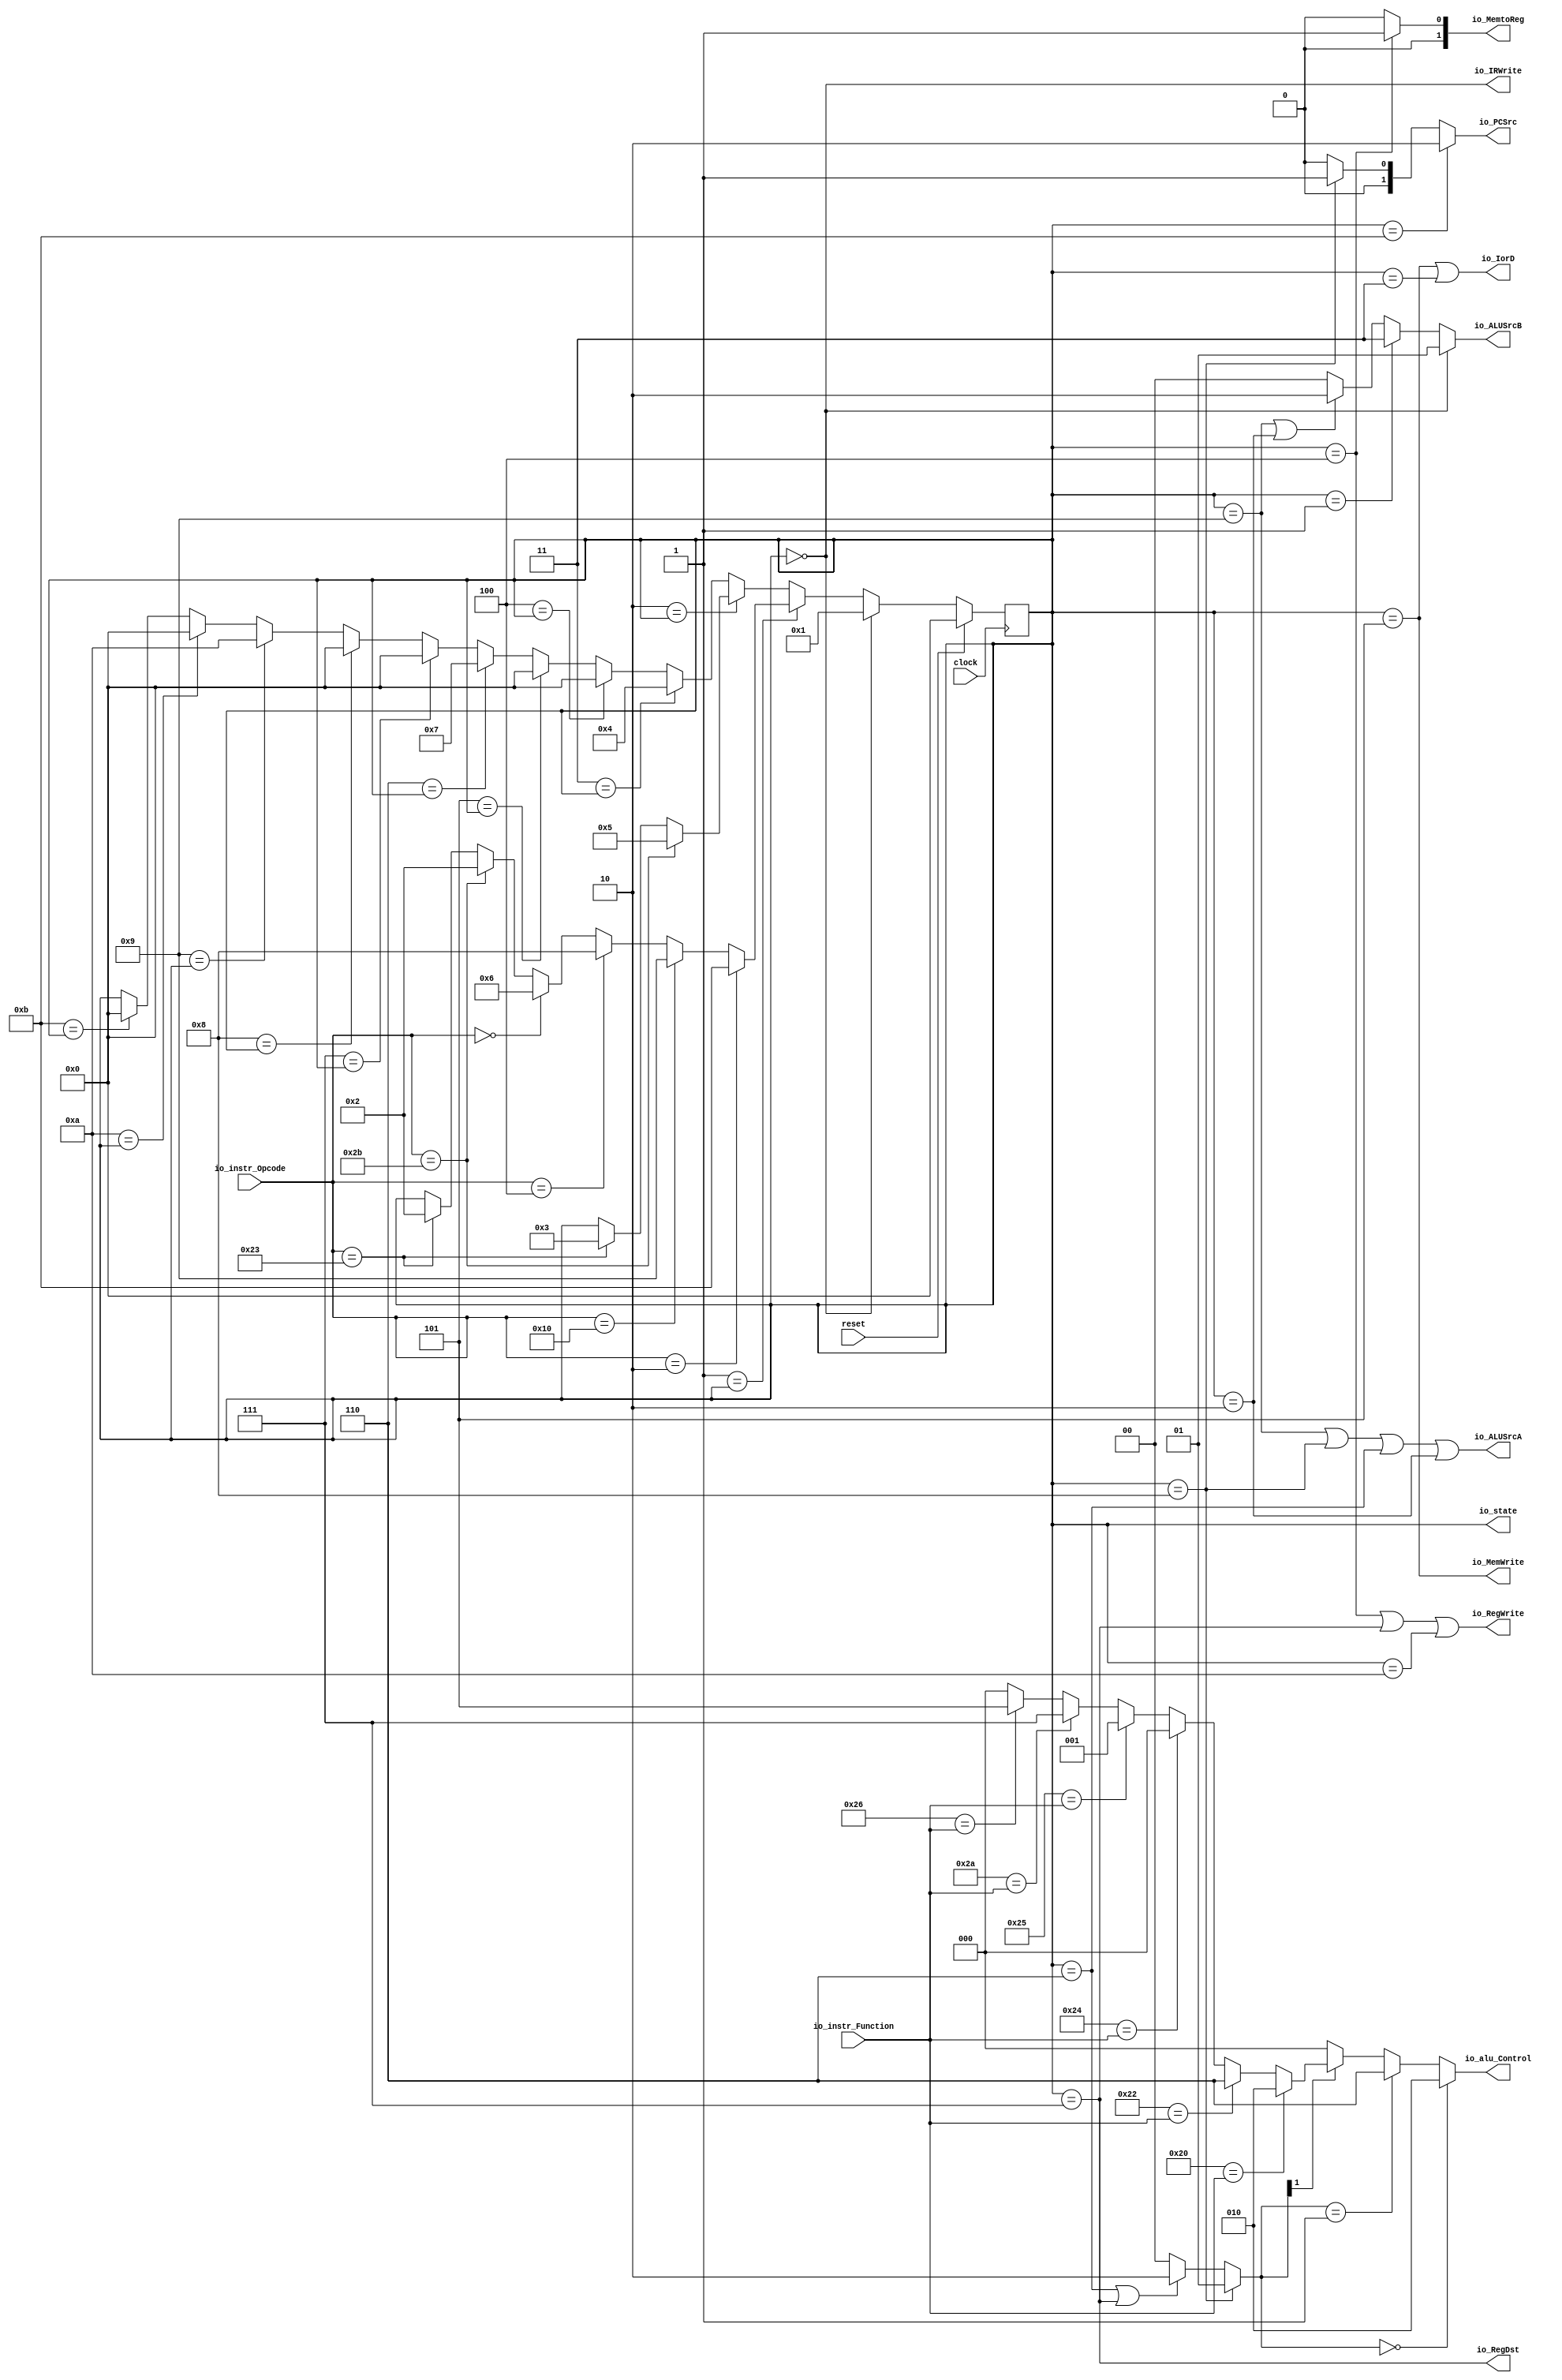
module ControlUnit(
  input        clock,
  input        reset,
  input  [5:0] io_instr_Opcode,
  input  [5:0] io_instr_Function,
  output [1:0] io_MemtoReg,
  output       io_RegDst,
  output       io_IorD,
  output [1:0] io_PCSrc,
  output [1:0] io_ALUSrcB,
  output       io_ALUSrcA,
  output       io_IRWrite,
  output       io_MemWrite,
  output       io_RegWrite,
  output [3:0] io_state,
  output [2:0] io_alu_Control
);
`ifdef RANDOMIZE_REG_INIT
  reg [31:0] _RAND_0;
`endif // RANDOMIZE_REG_INIT
  reg [3:0] stateReg; // @[ControlUnit.scala 61:28]
  wire  _T_6 = io_instr_Opcode == 6'h2b; // @[ControlUnit.scala 86:41]
  wire  _T_7 = io_instr_Opcode == 6'h23; // @[ControlUnit.scala 90:41]
  wire [3:0] _GEN_0 = io_instr_Opcode == 6'h23 ? 4'h2 : stateReg; // @[ControlUnit.scala 90:49 92:26 61:28]
  wire [3:0] _GEN_1 = io_instr_Opcode == 6'h2b ? 4'h2 : _GEN_0; // @[ControlUnit.scala 86:49 88:26]
  wire [3:0] _GEN_2 = io_instr_Opcode == 6'h0 ? 4'h6 : _GEN_1; // @[ControlUnit.scala 82:53 84:26]
  wire [3:0] _GEN_3 = io_instr_Opcode == 6'h4 ? 4'h8 : _GEN_2; // @[ControlUnit.scala 78:50 80:26]
  wire [3:0] _GEN_4 = io_instr_Opcode == 6'h10 ? 4'h9 : _GEN_3; // @[ControlUnit.scala 74:51 76:26]
  wire [3:0] _GEN_6 = _T_7 ? 4'h3 : stateReg; // @[ControlUnit.scala 110:49 112:26 61:28]
  wire [3:0] _GEN_7 = _T_6 ? 4'h5 : _GEN_6; // @[ControlUnit.scala 106:43 108:26]
  wire [3:0] _GEN_8 = 4'hb == stateReg ? 4'h0 : stateReg; // @[ControlUnit.scala 163:22 63:23 61:28]
  wire [3:0] _GEN_9 = 4'ha == stateReg ? 4'h0 : _GEN_8; // @[ControlUnit.scala 158:22 63:23]
  wire [3:0] _GEN_10 = 4'h9 == stateReg ? 4'ha : _GEN_9; // @[ControlUnit.scala 153:22 63:23]
  wire [3:0] _GEN_11 = 4'h8 == stateReg ? 4'h0 : _GEN_10; // @[ControlUnit.scala 148:22 63:23]
  wire [3:0] _GEN_12 = 4'h7 == stateReg ? 4'h0 : _GEN_11; // @[ControlUnit.scala 143:22 63:23]
  wire [3:0] _GEN_13 = 4'h6 == stateReg ? 4'h7 : _GEN_12; // @[ControlUnit.scala 63:23 137:26]
  wire [3:0] _GEN_14 = 4'h5 == stateReg ? 4'h0 : _GEN_13; // @[ControlUnit.scala 127:22 63:23]
  wire [3:0] _GEN_15 = 4'h4 == stateReg ? 4'h0 : _GEN_14; // @[ControlUnit.scala 122:22 63:23]
  wire [3:0] _GEN_16 = 4'h3 == stateReg ? 4'h4 : _GEN_15; // @[ControlUnit.scala 117:22 63:23]
  wire  _io_ALUSrcA_T = stateReg == 4'h9; // @[ControlUnit.scala 189:33]
  wire  _io_ALUSrcA_T_1 = stateReg == 4'h8; // @[ControlUnit.scala 189:59]
  wire  _io_ALUSrcA_T_3 = stateReg == 4'h6; // @[ControlUnit.scala 189:85]
  wire  _io_ALUSrcA_T_5 = stateReg == 4'h2; // @[ControlUnit.scala 189:111]
  wire  _io_ALUSrcB_T = stateReg == 4'h0; // @[ControlUnit.scala 191:57]
  wire  _io_ALUSrcB_T_1 = stateReg == 4'h1; // @[ControlUnit.scala 191:97]
  wire  _io_ALUSrcB_T_4 = _io_ALUSrcA_T | _io_ALUSrcA_T_5; // @[ControlUnit.scala 191:151]
  wire [1:0] _io_ALUSrcB_T_5 = _io_ALUSrcB_T_4 ? 2'h2 : 2'h0; // @[Mux.scala 101:16]
  wire [1:0] _io_ALUSrcB_T_6 = _io_ALUSrcB_T_1 ? 2'h3 : _io_ALUSrcB_T_5; // @[Mux.scala 101:16]
  wire  _ALUOp_T_2 = stateReg == 4'h7; // @[ControlUnit.scala 193:119]
  wire  _ALUOp_T_3 = _io_ALUSrcA_T_3 | stateReg == 4'h7; // @[ControlUnit.scala 193:106]
  wire [1:0] _ALUOp_T_4 = _ALUOp_T_3 ? 2'h2 : 2'h0; // @[Mux.scala 101:16]
  wire [1:0] ALUOp = _io_ALUSrcA_T_1 ? 2'h1 : _ALUOp_T_4; // @[Mux.scala 101:16]
  wire  _io_PCSrc_T = stateReg == 4'hb; // @[ControlUnit.scala 195:55]
  wire [1:0] _io_PCSrc_T_2 = _io_ALUSrcA_T_1 ? 2'h1 : 2'h0; // @[Mux.scala 101:16]
  wire  _io_MemtoReg_T = stateReg == 4'h4; // @[ControlUnit.scala 205:58]
  wire [2:0] _GEN_20 = 6'h26 == io_instr_Function ? 3'h5 : 3'h0; // @[ControlUnit.scala 218:20 230:34 258:32]
  wire [2:0] _GEN_21 = 6'h2a == io_instr_Function ? 3'h7 : _GEN_20; // @[ControlUnit.scala 230:34 253:32]
  wire [2:0] _GEN_22 = 6'h25 == io_instr_Function ? 3'h1 : _GEN_21; // @[ControlUnit.scala 230:34 248:32]
  wire [2:0] _GEN_23 = 6'h24 == io_instr_Function ? 3'h0 : _GEN_22; // @[ControlUnit.scala 230:34 243:32]
  wire [2:0] _GEN_24 = 6'h22 == io_instr_Function ? 3'h6 : _GEN_23; // @[ControlUnit.scala 230:34 238:32]
  wire [2:0] _GEN_25 = 6'h20 == io_instr_Function ? 3'h2 : _GEN_24; // @[ControlUnit.scala 230:34 233:32]
  wire [2:0] _GEN_26 = ALUOp[1] ? _GEN_25 : 3'h0; // @[ControlUnit.scala 218:20 228:35]
  wire [2:0] _GEN_27 = ALUOp == 2'h1 ? 3'h6 : _GEN_26; // @[ControlUnit.scala 224:33 226:24]
  assign io_MemtoReg = _io_MemtoReg_T ? 2'h1 : 2'h0; // @[Mux.scala 101:16]
  assign io_RegDst = stateReg == 4'h7; // @[ControlUnit.scala 203:31]
  assign io_IorD = stateReg == 4'h5 | stateReg == 4'h3; // @[ControlUnit.scala 187:43]
  assign io_PCSrc = _io_PCSrc_T ? 2'h2 : _io_PCSrc_T_2; // @[Mux.scala 101:16]
  assign io_ALUSrcB = _io_ALUSrcB_T ? 2'h1 : _io_ALUSrcB_T_6; // @[Mux.scala 101:16]
  assign io_ALUSrcA = stateReg == 4'h9 | stateReg == 4'h8 | stateReg == 4'h6 | stateReg == 4'h2; // @[ControlUnit.scala 189:98]
  assign io_IRWrite = stateReg == 4'h0; // @[ControlUnit.scala 197:32]
  assign io_MemWrite = stateReg == 4'h5; // @[ControlUnit.scala 209:33]
  assign io_RegWrite = _io_MemtoReg_T | _ALUOp_T_2 | stateReg == 4'ha; // @[ControlUnit.scala 207:93]
  assign io_state = stateReg; // @[ControlUnit.scala 217:14]
  assign io_alu_Control = ALUOp == 2'h0 ? 3'h2 : _GEN_27; // @[ControlUnit.scala 220:26 222:24]
  always @(posedge clock) begin
    if (reset) begin // @[ControlUnit.scala 61:28]
      stateReg <= 4'h0; // @[ControlUnit.scala 61:28]
    end else if (4'h0 == stateReg) begin // @[ControlUnit.scala 63:23]
      stateReg <= 4'h1; // @[ControlUnit.scala 66:22]
    end else if (4'h1 == stateReg) begin // @[ControlUnit.scala 63:23]
      if (io_instr_Opcode == 6'h2) begin // @[ControlUnit.scala 70:42]
        stateReg <= 4'hb; // @[ControlUnit.scala 72:26]
      end else begin
        stateReg <= _GEN_4;
      end
    end else if (4'h2 == stateReg) begin // @[ControlUnit.scala 63:23]
      stateReg <= _GEN_7;
    end else begin
      stateReg <= _GEN_16;
    end
  end
// Register and memory initialization
`ifdef RANDOMIZE_GARBAGE_ASSIGN
`define RANDOMIZE
`endif
`ifdef RANDOMIZE_INVALID_ASSIGN
`define RANDOMIZE
`endif
`ifdef RANDOMIZE_REG_INIT
`define RANDOMIZE
`endif
`ifdef RANDOMIZE_MEM_INIT
`define RANDOMIZE
`endif
`ifndef RANDOM
`define RANDOM $random
`endif
`ifdef RANDOMIZE_MEM_INIT
  integer initvar;
`endif
`ifndef SYNTHESIS
`ifdef FIRRTL_BEFORE_INITIAL
`FIRRTL_BEFORE_INITIAL
`endif
initial begin
  `ifdef RANDOMIZE
    `ifdef INIT_RANDOM
      `INIT_RANDOM
    `endif
    `ifndef VERILATOR
      `ifdef RANDOMIZE_DELAY
        #`RANDOMIZE_DELAY begin end
      `else
        #0.002 begin end
      `endif
    `endif
`ifdef RANDOMIZE_REG_INIT
  _RAND_0 = {1{`RANDOM}};
  stateReg = _RAND_0[3:0];
`endif // RANDOMIZE_REG_INIT
  `endif // RANDOMIZE
end // initial
`ifdef FIRRTL_AFTER_INITIAL
`FIRRTL_AFTER_INITIAL
`endif
`endif // SYNTHESIS
endmodule
module RegisterWithEnable(
  input         clock,
  input         reset,
  input  [31:0] io_in,
  input         io_enable,
  output [31:0] io_out
);
`ifdef RANDOMIZE_REG_INIT
  reg [31:0] _RAND_0;
`endif // RANDOMIZE_REG_INIT
  reg [31:0] reg_; // @[RegisterWithEnable.scala 12:23]
  assign io_out = io_enable ? reg_ : 32'h0; // @[RegisterWithEnable.scala 14:12 15:20 17:16]
  always @(posedge clock) begin
    if (reset) begin // @[RegisterWithEnable.scala 12:23]
      reg_ <= 32'h0; // @[RegisterWithEnable.scala 12:23]
    end else begin
      reg_ <= io_in; // @[RegisterWithEnable.scala 13:9]
    end
  end
// Register and memory initialization
`ifdef RANDOMIZE_GARBAGE_ASSIGN
`define RANDOMIZE
`endif
`ifdef RANDOMIZE_INVALID_ASSIGN
`define RANDOMIZE
`endif
`ifdef RANDOMIZE_REG_INIT
`define RANDOMIZE
`endif
`ifdef RANDOMIZE_MEM_INIT
`define RANDOMIZE
`endif
`ifndef RANDOM
`define RANDOM $random
`endif
`ifdef RANDOMIZE_MEM_INIT
  integer initvar;
`endif
`ifndef SYNTHESIS
`ifdef FIRRTL_BEFORE_INITIAL
`FIRRTL_BEFORE_INITIAL
`endif
initial begin
  `ifdef RANDOMIZE
    `ifdef INIT_RANDOM
      `INIT_RANDOM
    `endif
    `ifndef VERILATOR
      `ifdef RANDOMIZE_DELAY
        #`RANDOMIZE_DELAY begin end
      `else
        #0.002 begin end
      `endif
    `endif
`ifdef RANDOMIZE_REG_INIT
  _RAND_0 = {1{`RANDOM}};
  reg_ = _RAND_0[31:0];
`endif // RANDOMIZE_REG_INIT
  `endif // RANDOMIZE
end // initial
`ifdef FIRRTL_AFTER_INITIAL
`FIRRTL_AFTER_INITIAL
`endif
`endif // SYNTHESIS
endmodule
module Memory(
  input         clock,
  input         io_MemWrite,
  input  [31:0] io_addr,
  input  [31:0] io_wd,
  output [31:0] io_rd
);
`ifdef RANDOMIZE_REG_INIT
  reg [31:0] _RAND_0;
  reg [31:0] _RAND_1;
`endif // RANDOMIZE_REG_INIT
  reg [31:0] ram [0:255]; // @[Memory.scala 14:26]
  wire  ram_rdwrPort_r_en; // @[Memory.scala 14:26]
  wire [7:0] ram_rdwrPort_r_addr; // @[Memory.scala 14:26]
  wire [31:0] ram_rdwrPort_r_data; // @[Memory.scala 14:26]
  wire [31:0] ram_rdwrPort_w_data; // @[Memory.scala 14:26]
  wire [7:0] ram_rdwrPort_w_addr; // @[Memory.scala 14:26]
  wire  ram_rdwrPort_w_mask; // @[Memory.scala 14:26]
  wire  ram_rdwrPort_w_en; // @[Memory.scala 14:26]
  reg  ram_rdwrPort_r_en_pipe_0;
  reg [7:0] ram_rdwrPort_r_addr_pipe_0;
  assign ram_rdwrPort_r_en = ram_rdwrPort_r_en_pipe_0;
  assign ram_rdwrPort_r_addr = ram_rdwrPort_r_addr_pipe_0;
  assign ram_rdwrPort_r_data = ram[ram_rdwrPort_r_addr]; // @[Memory.scala 14:26]
  assign ram_rdwrPort_w_data = io_wd;
  assign ram_rdwrPort_w_addr = io_addr[7:0];
  assign ram_rdwrPort_w_mask = io_MemWrite;
  assign ram_rdwrPort_w_en = 1'h1 & io_MemWrite;
  assign io_rd = ram_rdwrPort_r_data; // @[Memory.scala 22:24 28:15]
  always @(posedge clock) begin
    if (ram_rdwrPort_w_en & ram_rdwrPort_w_mask) begin
      ram[ram_rdwrPort_w_addr] <= ram_rdwrPort_w_data; // @[Memory.scala 14:26]
    end
    ram_rdwrPort_r_en_pipe_0 <= 1'h1 & ~io_MemWrite;
    if (1'h1 & ~io_MemWrite) begin
      ram_rdwrPort_r_addr_pipe_0 <= io_addr[7:0];
    end
  end
// Register and memory initialization
`ifdef RANDOMIZE_GARBAGE_ASSIGN
`define RANDOMIZE
`endif
`ifdef RANDOMIZE_INVALID_ASSIGN
`define RANDOMIZE
`endif
`ifdef RANDOMIZE_REG_INIT
`define RANDOMIZE
`endif
`ifdef RANDOMIZE_MEM_INIT
`define RANDOMIZE
`endif
`ifndef RANDOM
`define RANDOM $random
`endif
  integer initvar;
`ifndef SYNTHESIS
`ifdef FIRRTL_BEFORE_INITIAL
`FIRRTL_BEFORE_INITIAL
`endif
initial begin
  `ifdef RANDOMIZE
    `ifdef INIT_RANDOM
      `INIT_RANDOM
    `endif
    `ifndef VERILATOR
      `ifdef RANDOMIZE_DELAY
        #`RANDOMIZE_DELAY begin end
      `else
        #0.002 begin end
      `endif
    `endif
`ifdef RANDOMIZE_REG_INIT
  _RAND_0 = {1{`RANDOM}};
  ram_rdwrPort_r_en_pipe_0 = _RAND_0[0:0];
  _RAND_1 = {1{`RANDOM}};
  ram_rdwrPort_r_addr_pipe_0 = _RAND_1[7:0];
`endif // RANDOMIZE_REG_INIT
  `endif // RANDOMIZE
  $readmemh("rams_init_file.data", ram);
end // initial
`ifdef FIRRTL_AFTER_INITIAL
`FIRRTL_AFTER_INITIAL
`endif
`endif // SYNTHESIS
endmodule
module Register(
  input         clock,
  input         reset,
  input  [31:0] io_in,
  output [31:0] io_out
);
`ifdef RANDOMIZE_REG_INIT
  reg [31:0] _RAND_0;
`endif // RANDOMIZE_REG_INIT
  reg [31:0] reg_; // @[Register.scala 11:23]
  assign io_out = reg_; // @[Register.scala 13:12]
  always @(posedge clock) begin
    if (reset) begin // @[Register.scala 11:23]
      reg_ <= 32'h0; // @[Register.scala 11:23]
    end else begin
      reg_ <= io_in; // @[Register.scala 12:9]
    end
  end
// Register and memory initialization
`ifdef RANDOMIZE_GARBAGE_ASSIGN
`define RANDOMIZE
`endif
`ifdef RANDOMIZE_INVALID_ASSIGN
`define RANDOMIZE
`endif
`ifdef RANDOMIZE_REG_INIT
`define RANDOMIZE
`endif
`ifdef RANDOMIZE_MEM_INIT
`define RANDOMIZE
`endif
`ifndef RANDOM
`define RANDOM $random
`endif
`ifdef RANDOMIZE_MEM_INIT
  integer initvar;
`endif
`ifndef SYNTHESIS
`ifdef FIRRTL_BEFORE_INITIAL
`FIRRTL_BEFORE_INITIAL
`endif
initial begin
  `ifdef RANDOMIZE
    `ifdef INIT_RANDOM
      `INIT_RANDOM
    `endif
    `ifndef VERILATOR
      `ifdef RANDOMIZE_DELAY
        #`RANDOMIZE_DELAY begin end
      `else
        #0.002 begin end
      `endif
    `endif
`ifdef RANDOMIZE_REG_INIT
  _RAND_0 = {1{`RANDOM}};
  reg_ = _RAND_0[31:0];
`endif // RANDOMIZE_REG_INIT
  `endif // RANDOMIZE
end // initial
`ifdef FIRRTL_AFTER_INITIAL
`FIRRTL_AFTER_INITIAL
`endif
`endif // SYNTHESIS
endmodule
module RegisterFile(
  input         clock,
  input  [4:0]  io_src1,
  input  [4:0]  io_src2,
  input  [4:0]  io_src3,
  input  [31:0] io_wd,
  input         io_write_data,
  output [31:0] io_rd1,
  output [31:0] io_rd2
);
`ifdef RANDOMIZE_REG_INIT
  reg [31:0] _RAND_0;
  reg [31:0] _RAND_1;
  reg [31:0] _RAND_2;
  reg [31:0] _RAND_3;
  reg [31:0] _RAND_4;
  reg [31:0] _RAND_5;
  reg [31:0] _RAND_6;
  reg [31:0] _RAND_7;
  reg [31:0] _RAND_8;
  reg [31:0] _RAND_9;
  reg [31:0] _RAND_10;
  reg [31:0] _RAND_11;
  reg [31:0] _RAND_12;
  reg [31:0] _RAND_13;
  reg [31:0] _RAND_14;
  reg [31:0] _RAND_15;
  reg [31:0] _RAND_16;
  reg [31:0] _RAND_17;
  reg [31:0] _RAND_18;
  reg [31:0] _RAND_19;
  reg [31:0] _RAND_20;
  reg [31:0] _RAND_21;
  reg [31:0] _RAND_22;
  reg [31:0] _RAND_23;
  reg [31:0] _RAND_24;
  reg [31:0] _RAND_25;
  reg [31:0] _RAND_26;
  reg [31:0] _RAND_27;
  reg [31:0] _RAND_28;
  reg [31:0] _RAND_29;
  reg [31:0] _RAND_30;
  reg [31:0] _RAND_31;
`endif // RANDOMIZE_REG_INIT
  reg [31:0] registerFile_0; // @[RegisterFile.scala 16:27]
  reg [31:0] registerFile_1; // @[RegisterFile.scala 16:27]
  reg [31:0] registerFile_2; // @[RegisterFile.scala 16:27]
  reg [31:0] registerFile_3; // @[RegisterFile.scala 16:27]
  reg [31:0] registerFile_4; // @[RegisterFile.scala 16:27]
  reg [31:0] registerFile_5; // @[RegisterFile.scala 16:27]
  reg [31:0] registerFile_6; // @[RegisterFile.scala 16:27]
  reg [31:0] registerFile_7; // @[RegisterFile.scala 16:27]
  reg [31:0] registerFile_8; // @[RegisterFile.scala 16:27]
  reg [31:0] registerFile_9; // @[RegisterFile.scala 16:27]
  reg [31:0] registerFile_10; // @[RegisterFile.scala 16:27]
  reg [31:0] registerFile_11; // @[RegisterFile.scala 16:27]
  reg [31:0] registerFile_12; // @[RegisterFile.scala 16:27]
  reg [31:0] registerFile_13; // @[RegisterFile.scala 16:27]
  reg [31:0] registerFile_14; // @[RegisterFile.scala 16:27]
  reg [31:0] registerFile_15; // @[RegisterFile.scala 16:27]
  reg [31:0] registerFile_16; // @[RegisterFile.scala 16:27]
  reg [31:0] registerFile_17; // @[RegisterFile.scala 16:27]
  reg [31:0] registerFile_18; // @[RegisterFile.scala 16:27]
  reg [31:0] registerFile_19; // @[RegisterFile.scala 16:27]
  reg [31:0] registerFile_20; // @[RegisterFile.scala 16:27]
  reg [31:0] registerFile_21; // @[RegisterFile.scala 16:27]
  reg [31:0] registerFile_22; // @[RegisterFile.scala 16:27]
  reg [31:0] registerFile_23; // @[RegisterFile.scala 16:27]
  reg [31:0] registerFile_24; // @[RegisterFile.scala 16:27]
  reg [31:0] registerFile_25; // @[RegisterFile.scala 16:27]
  reg [31:0] registerFile_26; // @[RegisterFile.scala 16:27]
  reg [31:0] registerFile_27; // @[RegisterFile.scala 16:27]
  reg [31:0] registerFile_28; // @[RegisterFile.scala 16:27]
  reg [31:0] registerFile_29; // @[RegisterFile.scala 16:27]
  reg [31:0] registerFile_30; // @[RegisterFile.scala 16:27]
  reg [31:0] registerFile_31; // @[RegisterFile.scala 16:27]
  wire [31:0] _GEN_1 = 5'h1 == io_src1 ? registerFile_1 : registerFile_0; // @[RegisterFile.scala 17:{12,12}]
  wire [31:0] _GEN_2 = 5'h2 == io_src1 ? registerFile_2 : _GEN_1; // @[RegisterFile.scala 17:{12,12}]
  wire [31:0] _GEN_3 = 5'h3 == io_src1 ? registerFile_3 : _GEN_2; // @[RegisterFile.scala 17:{12,12}]
  wire [31:0] _GEN_4 = 5'h4 == io_src1 ? registerFile_4 : _GEN_3; // @[RegisterFile.scala 17:{12,12}]
  wire [31:0] _GEN_5 = 5'h5 == io_src1 ? registerFile_5 : _GEN_4; // @[RegisterFile.scala 17:{12,12}]
  wire [31:0] _GEN_6 = 5'h6 == io_src1 ? registerFile_6 : _GEN_5; // @[RegisterFile.scala 17:{12,12}]
  wire [31:0] _GEN_7 = 5'h7 == io_src1 ? registerFile_7 : _GEN_6; // @[RegisterFile.scala 17:{12,12}]
  wire [31:0] _GEN_8 = 5'h8 == io_src1 ? registerFile_8 : _GEN_7; // @[RegisterFile.scala 17:{12,12}]
  wire [31:0] _GEN_9 = 5'h9 == io_src1 ? registerFile_9 : _GEN_8; // @[RegisterFile.scala 17:{12,12}]
  wire [31:0] _GEN_10 = 5'ha == io_src1 ? registerFile_10 : _GEN_9; // @[RegisterFile.scala 17:{12,12}]
  wire [31:0] _GEN_11 = 5'hb == io_src1 ? registerFile_11 : _GEN_10; // @[RegisterFile.scala 17:{12,12}]
  wire [31:0] _GEN_12 = 5'hc == io_src1 ? registerFile_12 : _GEN_11; // @[RegisterFile.scala 17:{12,12}]
  wire [31:0] _GEN_13 = 5'hd == io_src1 ? registerFile_13 : _GEN_12; // @[RegisterFile.scala 17:{12,12}]
  wire [31:0] _GEN_14 = 5'he == io_src1 ? registerFile_14 : _GEN_13; // @[RegisterFile.scala 17:{12,12}]
  wire [31:0] _GEN_15 = 5'hf == io_src1 ? registerFile_15 : _GEN_14; // @[RegisterFile.scala 17:{12,12}]
  wire [31:0] _GEN_16 = 5'h10 == io_src1 ? registerFile_16 : _GEN_15; // @[RegisterFile.scala 17:{12,12}]
  wire [31:0] _GEN_17 = 5'h11 == io_src1 ? registerFile_17 : _GEN_16; // @[RegisterFile.scala 17:{12,12}]
  wire [31:0] _GEN_18 = 5'h12 == io_src1 ? registerFile_18 : _GEN_17; // @[RegisterFile.scala 17:{12,12}]
  wire [31:0] _GEN_19 = 5'h13 == io_src1 ? registerFile_19 : _GEN_18; // @[RegisterFile.scala 17:{12,12}]
  wire [31:0] _GEN_20 = 5'h14 == io_src1 ? registerFile_20 : _GEN_19; // @[RegisterFile.scala 17:{12,12}]
  wire [31:0] _GEN_21 = 5'h15 == io_src1 ? registerFile_21 : _GEN_20; // @[RegisterFile.scala 17:{12,12}]
  wire [31:0] _GEN_22 = 5'h16 == io_src1 ? registerFile_22 : _GEN_21; // @[RegisterFile.scala 17:{12,12}]
  wire [31:0] _GEN_23 = 5'h17 == io_src1 ? registerFile_23 : _GEN_22; // @[RegisterFile.scala 17:{12,12}]
  wire [31:0] _GEN_24 = 5'h18 == io_src1 ? registerFile_24 : _GEN_23; // @[RegisterFile.scala 17:{12,12}]
  wire [31:0] _GEN_25 = 5'h19 == io_src1 ? registerFile_25 : _GEN_24; // @[RegisterFile.scala 17:{12,12}]
  wire [31:0] _GEN_26 = 5'h1a == io_src1 ? registerFile_26 : _GEN_25; // @[RegisterFile.scala 17:{12,12}]
  wire [31:0] _GEN_27 = 5'h1b == io_src1 ? registerFile_27 : _GEN_26; // @[RegisterFile.scala 17:{12,12}]
  wire [31:0] _GEN_28 = 5'h1c == io_src1 ? registerFile_28 : _GEN_27; // @[RegisterFile.scala 17:{12,12}]
  wire [31:0] _GEN_29 = 5'h1d == io_src1 ? registerFile_29 : _GEN_28; // @[RegisterFile.scala 17:{12,12}]
  wire [31:0] _GEN_30 = 5'h1e == io_src1 ? registerFile_30 : _GEN_29; // @[RegisterFile.scala 17:{12,12}]
  wire [31:0] _GEN_33 = 5'h1 == io_src2 ? registerFile_1 : registerFile_0; // @[RegisterFile.scala 18:{12,12}]
  wire [31:0] _GEN_34 = 5'h2 == io_src2 ? registerFile_2 : _GEN_33; // @[RegisterFile.scala 18:{12,12}]
  wire [31:0] _GEN_35 = 5'h3 == io_src2 ? registerFile_3 : _GEN_34; // @[RegisterFile.scala 18:{12,12}]
  wire [31:0] _GEN_36 = 5'h4 == io_src2 ? registerFile_4 : _GEN_35; // @[RegisterFile.scala 18:{12,12}]
  wire [31:0] _GEN_37 = 5'h5 == io_src2 ? registerFile_5 : _GEN_36; // @[RegisterFile.scala 18:{12,12}]
  wire [31:0] _GEN_38 = 5'h6 == io_src2 ? registerFile_6 : _GEN_37; // @[RegisterFile.scala 18:{12,12}]
  wire [31:0] _GEN_39 = 5'h7 == io_src2 ? registerFile_7 : _GEN_38; // @[RegisterFile.scala 18:{12,12}]
  wire [31:0] _GEN_40 = 5'h8 == io_src2 ? registerFile_8 : _GEN_39; // @[RegisterFile.scala 18:{12,12}]
  wire [31:0] _GEN_41 = 5'h9 == io_src2 ? registerFile_9 : _GEN_40; // @[RegisterFile.scala 18:{12,12}]
  wire [31:0] _GEN_42 = 5'ha == io_src2 ? registerFile_10 : _GEN_41; // @[RegisterFile.scala 18:{12,12}]
  wire [31:0] _GEN_43 = 5'hb == io_src2 ? registerFile_11 : _GEN_42; // @[RegisterFile.scala 18:{12,12}]
  wire [31:0] _GEN_44 = 5'hc == io_src2 ? registerFile_12 : _GEN_43; // @[RegisterFile.scala 18:{12,12}]
  wire [31:0] _GEN_45 = 5'hd == io_src2 ? registerFile_13 : _GEN_44; // @[RegisterFile.scala 18:{12,12}]
  wire [31:0] _GEN_46 = 5'he == io_src2 ? registerFile_14 : _GEN_45; // @[RegisterFile.scala 18:{12,12}]
  wire [31:0] _GEN_47 = 5'hf == io_src2 ? registerFile_15 : _GEN_46; // @[RegisterFile.scala 18:{12,12}]
  wire [31:0] _GEN_48 = 5'h10 == io_src2 ? registerFile_16 : _GEN_47; // @[RegisterFile.scala 18:{12,12}]
  wire [31:0] _GEN_49 = 5'h11 == io_src2 ? registerFile_17 : _GEN_48; // @[RegisterFile.scala 18:{12,12}]
  wire [31:0] _GEN_50 = 5'h12 == io_src2 ? registerFile_18 : _GEN_49; // @[RegisterFile.scala 18:{12,12}]
  wire [31:0] _GEN_51 = 5'h13 == io_src2 ? registerFile_19 : _GEN_50; // @[RegisterFile.scala 18:{12,12}]
  wire [31:0] _GEN_52 = 5'h14 == io_src2 ? registerFile_20 : _GEN_51; // @[RegisterFile.scala 18:{12,12}]
  wire [31:0] _GEN_53 = 5'h15 == io_src2 ? registerFile_21 : _GEN_52; // @[RegisterFile.scala 18:{12,12}]
  wire [31:0] _GEN_54 = 5'h16 == io_src2 ? registerFile_22 : _GEN_53; // @[RegisterFile.scala 18:{12,12}]
  wire [31:0] _GEN_55 = 5'h17 == io_src2 ? registerFile_23 : _GEN_54; // @[RegisterFile.scala 18:{12,12}]
  wire [31:0] _GEN_56 = 5'h18 == io_src2 ? registerFile_24 : _GEN_55; // @[RegisterFile.scala 18:{12,12}]
  wire [31:0] _GEN_57 = 5'h19 == io_src2 ? registerFile_25 : _GEN_56; // @[RegisterFile.scala 18:{12,12}]
  wire [31:0] _GEN_58 = 5'h1a == io_src2 ? registerFile_26 : _GEN_57; // @[RegisterFile.scala 18:{12,12}]
  wire [31:0] _GEN_59 = 5'h1b == io_src2 ? registerFile_27 : _GEN_58; // @[RegisterFile.scala 18:{12,12}]
  wire [31:0] _GEN_60 = 5'h1c == io_src2 ? registerFile_28 : _GEN_59; // @[RegisterFile.scala 18:{12,12}]
  wire [31:0] _GEN_61 = 5'h1d == io_src2 ? registerFile_29 : _GEN_60; // @[RegisterFile.scala 18:{12,12}]
  wire [31:0] _GEN_62 = 5'h1e == io_src2 ? registerFile_30 : _GEN_61; // @[RegisterFile.scala 18:{12,12}]
  assign io_rd1 = 5'h1f == io_src1 ? registerFile_31 : _GEN_30; // @[RegisterFile.scala 17:{12,12}]
  assign io_rd2 = 5'h1f == io_src2 ? registerFile_31 : _GEN_62; // @[RegisterFile.scala 18:{12,12}]
  always @(posedge clock) begin
    if (io_write_data) begin // @[RegisterFile.scala 19:26]
      if (5'h0 == io_src3) begin // @[RegisterFile.scala 21:31]
        registerFile_0 <= io_wd; // @[RegisterFile.scala 21:31]
      end
    end
    if (io_write_data) begin // @[RegisterFile.scala 19:26]
      if (5'h1 == io_src3) begin // @[RegisterFile.scala 21:31]
        registerFile_1 <= io_wd; // @[RegisterFile.scala 21:31]
      end
    end
    if (io_write_data) begin // @[RegisterFile.scala 19:26]
      if (5'h2 == io_src3) begin // @[RegisterFile.scala 21:31]
        registerFile_2 <= io_wd; // @[RegisterFile.scala 21:31]
      end
    end
    if (io_write_data) begin // @[RegisterFile.scala 19:26]
      if (5'h3 == io_src3) begin // @[RegisterFile.scala 21:31]
        registerFile_3 <= io_wd; // @[RegisterFile.scala 21:31]
      end
    end
    if (io_write_data) begin // @[RegisterFile.scala 19:26]
      if (5'h4 == io_src3) begin // @[RegisterFile.scala 21:31]
        registerFile_4 <= io_wd; // @[RegisterFile.scala 21:31]
      end
    end
    if (io_write_data) begin // @[RegisterFile.scala 19:26]
      if (5'h5 == io_src3) begin // @[RegisterFile.scala 21:31]
        registerFile_5 <= io_wd; // @[RegisterFile.scala 21:31]
      end
    end
    if (io_write_data) begin // @[RegisterFile.scala 19:26]
      if (5'h6 == io_src3) begin // @[RegisterFile.scala 21:31]
        registerFile_6 <= io_wd; // @[RegisterFile.scala 21:31]
      end
    end
    if (io_write_data) begin // @[RegisterFile.scala 19:26]
      if (5'h7 == io_src3) begin // @[RegisterFile.scala 21:31]
        registerFile_7 <= io_wd; // @[RegisterFile.scala 21:31]
      end
    end
    if (io_write_data) begin // @[RegisterFile.scala 19:26]
      if (5'h8 == io_src3) begin // @[RegisterFile.scala 21:31]
        registerFile_8 <= io_wd; // @[RegisterFile.scala 21:31]
      end
    end
    if (io_write_data) begin // @[RegisterFile.scala 19:26]
      if (5'h9 == io_src3) begin // @[RegisterFile.scala 21:31]
        registerFile_9 <= io_wd; // @[RegisterFile.scala 21:31]
      end
    end
    if (io_write_data) begin // @[RegisterFile.scala 19:26]
      if (5'ha == io_src3) begin // @[RegisterFile.scala 21:31]
        registerFile_10 <= io_wd; // @[RegisterFile.scala 21:31]
      end
    end
    if (io_write_data) begin // @[RegisterFile.scala 19:26]
      if (5'hb == io_src3) begin // @[RegisterFile.scala 21:31]
        registerFile_11 <= io_wd; // @[RegisterFile.scala 21:31]
      end
    end
    if (io_write_data) begin // @[RegisterFile.scala 19:26]
      if (5'hc == io_src3) begin // @[RegisterFile.scala 21:31]
        registerFile_12 <= io_wd; // @[RegisterFile.scala 21:31]
      end
    end
    if (io_write_data) begin // @[RegisterFile.scala 19:26]
      if (5'hd == io_src3) begin // @[RegisterFile.scala 21:31]
        registerFile_13 <= io_wd; // @[RegisterFile.scala 21:31]
      end
    end
    if (io_write_data) begin // @[RegisterFile.scala 19:26]
      if (5'he == io_src3) begin // @[RegisterFile.scala 21:31]
        registerFile_14 <= io_wd; // @[RegisterFile.scala 21:31]
      end
    end
    if (io_write_data) begin // @[RegisterFile.scala 19:26]
      if (5'hf == io_src3) begin // @[RegisterFile.scala 21:31]
        registerFile_15 <= io_wd; // @[RegisterFile.scala 21:31]
      end
    end
    if (io_write_data) begin // @[RegisterFile.scala 19:26]
      if (5'h10 == io_src3) begin // @[RegisterFile.scala 21:31]
        registerFile_16 <= io_wd; // @[RegisterFile.scala 21:31]
      end
    end
    if (io_write_data) begin // @[RegisterFile.scala 19:26]
      if (5'h11 == io_src3) begin // @[RegisterFile.scala 21:31]
        registerFile_17 <= io_wd; // @[RegisterFile.scala 21:31]
      end
    end
    if (io_write_data) begin // @[RegisterFile.scala 19:26]
      if (5'h12 == io_src3) begin // @[RegisterFile.scala 21:31]
        registerFile_18 <= io_wd; // @[RegisterFile.scala 21:31]
      end
    end
    if (io_write_data) begin // @[RegisterFile.scala 19:26]
      if (5'h13 == io_src3) begin // @[RegisterFile.scala 21:31]
        registerFile_19 <= io_wd; // @[RegisterFile.scala 21:31]
      end
    end
    if (io_write_data) begin // @[RegisterFile.scala 19:26]
      if (5'h14 == io_src3) begin // @[RegisterFile.scala 21:31]
        registerFile_20 <= io_wd; // @[RegisterFile.scala 21:31]
      end
    end
    if (io_write_data) begin // @[RegisterFile.scala 19:26]
      if (5'h15 == io_src3) begin // @[RegisterFile.scala 21:31]
        registerFile_21 <= io_wd; // @[RegisterFile.scala 21:31]
      end
    end
    if (io_write_data) begin // @[RegisterFile.scala 19:26]
      if (5'h16 == io_src3) begin // @[RegisterFile.scala 21:31]
        registerFile_22 <= io_wd; // @[RegisterFile.scala 21:31]
      end
    end
    if (io_write_data) begin // @[RegisterFile.scala 19:26]
      if (5'h17 == io_src3) begin // @[RegisterFile.scala 21:31]
        registerFile_23 <= io_wd; // @[RegisterFile.scala 21:31]
      end
    end
    if (io_write_data) begin // @[RegisterFile.scala 19:26]
      if (5'h18 == io_src3) begin // @[RegisterFile.scala 21:31]
        registerFile_24 <= io_wd; // @[RegisterFile.scala 21:31]
      end
    end
    if (io_write_data) begin // @[RegisterFile.scala 19:26]
      if (5'h19 == io_src3) begin // @[RegisterFile.scala 21:31]
        registerFile_25 <= io_wd; // @[RegisterFile.scala 21:31]
      end
    end
    if (io_write_data) begin // @[RegisterFile.scala 19:26]
      if (5'h1a == io_src3) begin // @[RegisterFile.scala 21:31]
        registerFile_26 <= io_wd; // @[RegisterFile.scala 21:31]
      end
    end
    if (io_write_data) begin // @[RegisterFile.scala 19:26]
      if (5'h1b == io_src3) begin // @[RegisterFile.scala 21:31]
        registerFile_27 <= io_wd; // @[RegisterFile.scala 21:31]
      end
    end
    if (io_write_data) begin // @[RegisterFile.scala 19:26]
      if (5'h1c == io_src3) begin // @[RegisterFile.scala 21:31]
        registerFile_28 <= io_wd; // @[RegisterFile.scala 21:31]
      end
    end
    if (io_write_data) begin // @[RegisterFile.scala 19:26]
      if (5'h1d == io_src3) begin // @[RegisterFile.scala 21:31]
        registerFile_29 <= io_wd; // @[RegisterFile.scala 21:31]
      end
    end
    if (io_write_data) begin // @[RegisterFile.scala 19:26]
      if (5'h1e == io_src3) begin // @[RegisterFile.scala 21:31]
        registerFile_30 <= io_wd; // @[RegisterFile.scala 21:31]
      end
    end
    if (io_write_data) begin // @[RegisterFile.scala 19:26]
      if (5'h1f == io_src3) begin // @[RegisterFile.scala 21:31]
        registerFile_31 <= io_wd; // @[RegisterFile.scala 21:31]
      end
    end
  end
// Register and memory initialization
`ifdef RANDOMIZE_GARBAGE_ASSIGN
`define RANDOMIZE
`endif
`ifdef RANDOMIZE_INVALID_ASSIGN
`define RANDOMIZE
`endif
`ifdef RANDOMIZE_REG_INIT
`define RANDOMIZE
`endif
`ifdef RANDOMIZE_MEM_INIT
`define RANDOMIZE
`endif
`ifndef RANDOM
`define RANDOM $random
`endif
`ifdef RANDOMIZE_MEM_INIT
  integer initvar;
`endif
`ifndef SYNTHESIS
`ifdef FIRRTL_BEFORE_INITIAL
`FIRRTL_BEFORE_INITIAL
`endif
initial begin
  `ifdef RANDOMIZE
    `ifdef INIT_RANDOM
      `INIT_RANDOM
    `endif
    `ifndef VERILATOR
      `ifdef RANDOMIZE_DELAY
        #`RANDOMIZE_DELAY begin end
      `else
        #0.002 begin end
      `endif
    `endif
`ifdef RANDOMIZE_REG_INIT
  _RAND_0 = {1{`RANDOM}};
  registerFile_0 = _RAND_0[31:0];
  _RAND_1 = {1{`RANDOM}};
  registerFile_1 = _RAND_1[31:0];
  _RAND_2 = {1{`RANDOM}};
  registerFile_2 = _RAND_2[31:0];
  _RAND_3 = {1{`RANDOM}};
  registerFile_3 = _RAND_3[31:0];
  _RAND_4 = {1{`RANDOM}};
  registerFile_4 = _RAND_4[31:0];
  _RAND_5 = {1{`RANDOM}};
  registerFile_5 = _RAND_5[31:0];
  _RAND_6 = {1{`RANDOM}};
  registerFile_6 = _RAND_6[31:0];
  _RAND_7 = {1{`RANDOM}};
  registerFile_7 = _RAND_7[31:0];
  _RAND_8 = {1{`RANDOM}};
  registerFile_8 = _RAND_8[31:0];
  _RAND_9 = {1{`RANDOM}};
  registerFile_9 = _RAND_9[31:0];
  _RAND_10 = {1{`RANDOM}};
  registerFile_10 = _RAND_10[31:0];
  _RAND_11 = {1{`RANDOM}};
  registerFile_11 = _RAND_11[31:0];
  _RAND_12 = {1{`RANDOM}};
  registerFile_12 = _RAND_12[31:0];
  _RAND_13 = {1{`RANDOM}};
  registerFile_13 = _RAND_13[31:0];
  _RAND_14 = {1{`RANDOM}};
  registerFile_14 = _RAND_14[31:0];
  _RAND_15 = {1{`RANDOM}};
  registerFile_15 = _RAND_15[31:0];
  _RAND_16 = {1{`RANDOM}};
  registerFile_16 = _RAND_16[31:0];
  _RAND_17 = {1{`RANDOM}};
  registerFile_17 = _RAND_17[31:0];
  _RAND_18 = {1{`RANDOM}};
  registerFile_18 = _RAND_18[31:0];
  _RAND_19 = {1{`RANDOM}};
  registerFile_19 = _RAND_19[31:0];
  _RAND_20 = {1{`RANDOM}};
  registerFile_20 = _RAND_20[31:0];
  _RAND_21 = {1{`RANDOM}};
  registerFile_21 = _RAND_21[31:0];
  _RAND_22 = {1{`RANDOM}};
  registerFile_22 = _RAND_22[31:0];
  _RAND_23 = {1{`RANDOM}};
  registerFile_23 = _RAND_23[31:0];
  _RAND_24 = {1{`RANDOM}};
  registerFile_24 = _RAND_24[31:0];
  _RAND_25 = {1{`RANDOM}};
  registerFile_25 = _RAND_25[31:0];
  _RAND_26 = {1{`RANDOM}};
  registerFile_26 = _RAND_26[31:0];
  _RAND_27 = {1{`RANDOM}};
  registerFile_27 = _RAND_27[31:0];
  _RAND_28 = {1{`RANDOM}};
  registerFile_28 = _RAND_28[31:0];
  _RAND_29 = {1{`RANDOM}};
  registerFile_29 = _RAND_29[31:0];
  _RAND_30 = {1{`RANDOM}};
  registerFile_30 = _RAND_30[31:0];
  _RAND_31 = {1{`RANDOM}};
  registerFile_31 = _RAND_31[31:0];
`endif // RANDOMIZE_REG_INIT
  `endif // RANDOMIZE
end // initial
`ifdef FIRRTL_AFTER_INITIAL
`FIRRTL_AFTER_INITIAL
`endif
`endif // SYNTHESIS
endmodule
module SignExtension(
  input  [15:0] io_immidiate,
  output [31:0] io_sign_Imm
);
  wire  sign_bit = io_immidiate[15]; // @[SignExtension.scala 11:32]
  wire [7:0] sign_bits_lo = {sign_bit,sign_bit,sign_bit,sign_bit,sign_bit,sign_bit,sign_bit,sign_bit}; // @[SignExtension.scala 17:33]
  wire [15:0] sign_bits = {sign_bit,sign_bit,sign_bit,sign_bit,sign_bit,sign_bit,sign_bit,sign_bit,sign_bits_lo}; // @[SignExtension.scala 17:33]
  assign io_sign_Imm = {sign_bits,io_immidiate}; // @[Cat.scala 31:58]
endmodule
module Shifter(
  input  [31:0] io_sign_Imm,
  output [31:0] io_shifted_Sign_Imm
);
  wire [33:0] _io_shifted_Sign_Imm_T = {io_sign_Imm, 2'h0}; // @[Shifter.scala 11:40]
  assign io_shifted_Sign_Imm = _io_shifted_Sign_Imm_T[31:0]; // @[Shifter.scala 11:25]
endmodule
module ALU(
  input  [31:0] io_SrcA,
  input  [31:0] io_SrcB,
  input  [2:0]  io_ALUControl,
  output [31:0] io_ALUResult
);
  wire [31:0] _io_ALUResult_T = io_SrcA & io_SrcB; // @[ALU.scala 29:31]
  wire [31:0] _io_ALUResult_T_1 = io_SrcA | io_SrcB; // @[ALU.scala 33:31]
  wire [31:0] _io_ALUResult_T_3 = io_SrcA + io_SrcB; // @[ALU.scala 37:31]
  wire [31:0] _io_ALUResult_T_4 = io_SrcA ^ io_SrcB; // @[ALU.scala 41:31]
  wire [31:0] _io_ALUResult_T_6 = io_SrcA - io_SrcB; // @[ALU.scala 45:31]
  wire [31:0] _GEN_0 = io_ALUControl == 3'h6 ? _io_ALUResult_T_6 : 32'h0; // @[ALU.scala 43:41 45:20 49:20]
  wire [31:0] _GEN_1 = io_ALUControl == 3'h5 ? _io_ALUResult_T_4 : _GEN_0; // @[ALU.scala 39:41 41:20]
  wire [31:0] _GEN_2 = io_ALUControl == 3'h2 ? _io_ALUResult_T_3 : _GEN_1; // @[ALU.scala 35:41 37:20]
  wire [31:0] _GEN_3 = io_ALUControl == 3'h1 ? _io_ALUResult_T_1 : _GEN_2; // @[ALU.scala 31:40 33:20]
  assign io_ALUResult = io_ALUControl == 3'h0 ? _io_ALUResult_T : _GEN_3; // @[ALU.scala 27:34 29:20]
endmodule
module ShifterSignImm(
  input  [25:0] io_sign_Imm,
  output [27:0] io_shifted_Sign_Imm
);
  assign io_shifted_Sign_Imm = {io_sign_Imm,2'h0}; // @[ShifterSignImm.scala 11:40]
endmodule
module Processor(
  input        clock,
  input        reset,
  output [3:0] io_state
);
`ifdef RANDOMIZE_REG_INIT
  reg [31:0] _RAND_0;
`endif // RANDOMIZE_REG_INIT
  wire  control_unit_clock; // @[Processor.scala 11:31]
  wire  control_unit_reset; // @[Processor.scala 11:31]
  wire [5:0] control_unit_io_instr_Opcode; // @[Processor.scala 11:31]
  wire [5:0] control_unit_io_instr_Function; // @[Processor.scala 11:31]
  wire [1:0] control_unit_io_MemtoReg; // @[Processor.scala 11:31]
  wire  control_unit_io_RegDst; // @[Processor.scala 11:31]
  wire  control_unit_io_IorD; // @[Processor.scala 11:31]
  wire [1:0] control_unit_io_PCSrc; // @[Processor.scala 11:31]
  wire [1:0] control_unit_io_ALUSrcB; // @[Processor.scala 11:31]
  wire  control_unit_io_ALUSrcA; // @[Processor.scala 11:31]
  wire  control_unit_io_IRWrite; // @[Processor.scala 11:31]
  wire  control_unit_io_MemWrite; // @[Processor.scala 11:31]
  wire  control_unit_io_RegWrite; // @[Processor.scala 11:31]
  wire [3:0] control_unit_io_state; // @[Processor.scala 11:31]
  wire [2:0] control_unit_io_alu_Control; // @[Processor.scala 11:31]
  wire  pc_clock; // @[Processor.scala 12:21]
  wire  pc_reset; // @[Processor.scala 12:21]
  wire [31:0] pc_io_in; // @[Processor.scala 12:21]
  wire  pc_io_enable; // @[Processor.scala 12:21]
  wire [31:0] pc_io_out; // @[Processor.scala 12:21]
  wire  memory_clock; // @[Processor.scala 16:26]
  wire  memory_io_MemWrite; // @[Processor.scala 16:26]
  wire [31:0] memory_io_addr; // @[Processor.scala 16:26]
  wire [31:0] memory_io_wd; // @[Processor.scala 16:26]
  wire [31:0] memory_io_rd; // @[Processor.scala 16:26]
  wire  instr_clock; // @[Processor.scala 17:25]
  wire  instr_reset; // @[Processor.scala 17:25]
  wire [31:0] instr_io_in; // @[Processor.scala 17:25]
  wire  instr_io_enable; // @[Processor.scala 17:25]
  wire [31:0] instr_io_out; // @[Processor.scala 17:25]
  wire  data_clock; // @[Processor.scala 18:24]
  wire  data_reset; // @[Processor.scala 18:24]
  wire [31:0] data_io_in; // @[Processor.scala 18:24]
  wire [31:0] data_io_out; // @[Processor.scala 18:24]
  wire  register_file_clock; // @[Processor.scala 19:32]
  wire [4:0] register_file_io_src1; // @[Processor.scala 19:32]
  wire [4:0] register_file_io_src2; // @[Processor.scala 19:32]
  wire [4:0] register_file_io_src3; // @[Processor.scala 19:32]
  wire [31:0] register_file_io_wd; // @[Processor.scala 19:32]
  wire  register_file_io_write_data; // @[Processor.scala 19:32]
  wire [31:0] register_file_io_rd1; // @[Processor.scala 19:32]
  wire [31:0] register_file_io_rd2; // @[Processor.scala 19:32]
  wire [15:0] sign_extension_io_immidiate; // @[Processor.scala 20:33]
  wire [31:0] sign_extension_io_sign_Imm; // @[Processor.scala 20:33]
  wire  reg_a_clock; // @[Processor.scala 21:25]
  wire  reg_a_reset; // @[Processor.scala 21:25]
  wire [31:0] reg_a_io_in; // @[Processor.scala 21:25]
  wire [31:0] reg_a_io_out; // @[Processor.scala 21:25]
  wire  reg_b_clock; // @[Processor.scala 22:25]
  wire  reg_b_reset; // @[Processor.scala 22:25]
  wire [31:0] reg_b_io_in; // @[Processor.scala 22:25]
  wire [31:0] reg_b_io_out; // @[Processor.scala 22:25]
  wire [31:0] shifter_io_sign_Imm; // @[Processor.scala 23:26]
  wire [31:0] shifter_io_shifted_Sign_Imm; // @[Processor.scala 23:26]
  wire [31:0] alu_io_SrcA; // @[Processor.scala 24:22]
  wire [31:0] alu_io_SrcB; // @[Processor.scala 24:22]
  wire [2:0] alu_io_ALUControl; // @[Processor.scala 24:22]
  wire [31:0] alu_io_ALUResult; // @[Processor.scala 24:22]
  wire  alu_out_clock; // @[Processor.scala 25:27]
  wire  alu_out_reset; // @[Processor.scala 25:27]
  wire [31:0] alu_out_io_in; // @[Processor.scala 25:27]
  wire [31:0] alu_out_io_out; // @[Processor.scala 25:27]
  wire [25:0] shifter_sign_imm_io_sign_Imm; // @[Processor.scala 26:35]
  wire [27:0] shifter_sign_imm_io_shifted_Sign_Imm; // @[Processor.scala 26:35]
  reg [31:0] _Instr; // @[Processor.scala 40:26]
  wire  _register_file_io_wd_T = control_unit_io_MemtoReg == 2'h0; // @[Processor.scala 97:82]
  wire  _register_file_io_wd_T_1 = control_unit_io_MemtoReg == 2'h1; // @[Processor.scala 97:142]
  wire [31:0] _register_file_io_wd_T_4 = _register_file_io_wd_T_1 ? data_io_out : 32'h0; // @[Mux.scala 101:16]
  wire [27:0] __Pc_Jump_T_1 = shifter_sign_imm_io_shifted_Sign_Imm; // @[Processor.scala 120:54]
  wire [31:0] _Pc_Jump = {pc_io_out[31:28],__Pc_Jump_T_1}; // @[Processor.scala 120:37]
  wire  _pc_io_in_T = control_unit_io_PCSrc == 2'h0; // @[Processor.scala 122:68]
  wire  _pc_io_in_T_1 = control_unit_io_PCSrc == 2'h1; // @[Processor.scala 122:127]
  wire  _pc_io_in_T_2 = control_unit_io_PCSrc == 2'h2; // @[Processor.scala 122:184]
  wire [31:0] _pc_io_in_T_3 = _pc_io_in_T_2 ? _Pc_Jump : 32'h0; // @[Mux.scala 101:16]
  wire [31:0] _pc_io_in_T_4 = _pc_io_in_T_1 ? alu_out_io_out : _pc_io_in_T_3; // @[Mux.scala 101:16]
  wire  _alu_io_SrcB_T = control_unit_io_ALUSrcB == 2'h0; // @[Processor.scala 126:73]
  wire  _alu_io_SrcB_T_1 = control_unit_io_ALUSrcB == 2'h1; // @[Processor.scala 126:130]
  wire  _alu_io_SrcB_T_2 = control_unit_io_ALUSrcB == 2'h2; // @[Processor.scala 126:184]
  wire  _alu_io_SrcB_T_3 = control_unit_io_ALUSrcB == 2'h3; // @[Processor.scala 126:255]
  wire [31:0] _alu_io_SrcB_T_4 = _alu_io_SrcB_T_3 ? shifter_io_shifted_Sign_Imm : 32'h0; // @[Mux.scala 101:16]
  wire [31:0] _alu_io_SrcB_T_5 = _alu_io_SrcB_T_2 ? sign_extension_io_sign_Imm : _alu_io_SrcB_T_4; // @[Mux.scala 101:16]
  wire [31:0] _alu_io_SrcB_T_6 = _alu_io_SrcB_T_1 ? 32'h4 : _alu_io_SrcB_T_5; // @[Mux.scala 101:16]
  ControlUnit control_unit ( // @[Processor.scala 11:31]
    .clock(control_unit_clock),
    .reset(control_unit_reset),
    .io_instr_Opcode(control_unit_io_instr_Opcode),
    .io_instr_Function(control_unit_io_instr_Function),
    .io_MemtoReg(control_unit_io_MemtoReg),
    .io_RegDst(control_unit_io_RegDst),
    .io_IorD(control_unit_io_IorD),
    .io_PCSrc(control_unit_io_PCSrc),
    .io_ALUSrcB(control_unit_io_ALUSrcB),
    .io_ALUSrcA(control_unit_io_ALUSrcA),
    .io_IRWrite(control_unit_io_IRWrite),
    .io_MemWrite(control_unit_io_MemWrite),
    .io_RegWrite(control_unit_io_RegWrite),
    .io_state(control_unit_io_state),
    .io_alu_Control(control_unit_io_alu_Control)
  );
  RegisterWithEnable pc ( // @[Processor.scala 12:21]
    .clock(pc_clock),
    .reset(pc_reset),
    .io_in(pc_io_in),
    .io_enable(pc_io_enable),
    .io_out(pc_io_out)
  );
  Memory memory ( // @[Processor.scala 16:26]
    .clock(memory_clock),
    .io_MemWrite(memory_io_MemWrite),
    .io_addr(memory_io_addr),
    .io_wd(memory_io_wd),
    .io_rd(memory_io_rd)
  );
  RegisterWithEnable instr ( // @[Processor.scala 17:25]
    .clock(instr_clock),
    .reset(instr_reset),
    .io_in(instr_io_in),
    .io_enable(instr_io_enable),
    .io_out(instr_io_out)
  );
  Register data ( // @[Processor.scala 18:24]
    .clock(data_clock),
    .reset(data_reset),
    .io_in(data_io_in),
    .io_out(data_io_out)
  );
  RegisterFile register_file ( // @[Processor.scala 19:32]
    .clock(register_file_clock),
    .io_src1(register_file_io_src1),
    .io_src2(register_file_io_src2),
    .io_src3(register_file_io_src3),
    .io_wd(register_file_io_wd),
    .io_write_data(register_file_io_write_data),
    .io_rd1(register_file_io_rd1),
    .io_rd2(register_file_io_rd2)
  );
  SignExtension sign_extension ( // @[Processor.scala 20:33]
    .io_immidiate(sign_extension_io_immidiate),
    .io_sign_Imm(sign_extension_io_sign_Imm)
  );
  Register reg_a ( // @[Processor.scala 21:25]
    .clock(reg_a_clock),
    .reset(reg_a_reset),
    .io_in(reg_a_io_in),
    .io_out(reg_a_io_out)
  );
  Register reg_b ( // @[Processor.scala 22:25]
    .clock(reg_b_clock),
    .reset(reg_b_reset),
    .io_in(reg_b_io_in),
    .io_out(reg_b_io_out)
  );
  Shifter shifter ( // @[Processor.scala 23:26]
    .io_sign_Imm(shifter_io_sign_Imm),
    .io_shifted_Sign_Imm(shifter_io_shifted_Sign_Imm)
  );
  ALU alu ( // @[Processor.scala 24:22]
    .io_SrcA(alu_io_SrcA),
    .io_SrcB(alu_io_SrcB),
    .io_ALUControl(alu_io_ALUControl),
    .io_ALUResult(alu_io_ALUResult)
  );
  Register alu_out ( // @[Processor.scala 25:27]
    .clock(alu_out_clock),
    .reset(alu_out_reset),
    .io_in(alu_out_io_in),
    .io_out(alu_out_io_out)
  );
  ShifterSignImm shifter_sign_imm ( // @[Processor.scala 26:35]
    .io_sign_Imm(shifter_sign_imm_io_sign_Imm),
    .io_shifted_Sign_Imm(shifter_sign_imm_io_shifted_Sign_Imm)
  );
  assign io_state = control_unit_io_state; // @[Processor.scala 60:14]
  assign control_unit_clock = clock;
  assign control_unit_reset = reset;
  assign control_unit_io_instr_Opcode = _Instr[31:26]; // @[Processor.scala 44:43]
  assign control_unit_io_instr_Function = _Instr[5:0]; // @[Processor.scala 45:45]
  assign pc_clock = clock;
  assign pc_reset = reset;
  assign pc_io_in = _pc_io_in_T ? alu_io_ALUResult : _pc_io_in_T_4; // @[Mux.scala 101:16]
  assign pc_io_enable = 1'h1; // @[Processor.scala 117:18]
  assign memory_clock = clock;
  assign memory_io_MemWrite = control_unit_io_MemWrite; // @[Processor.scala 78:24]
  assign memory_io_addr = control_unit_io_IorD ? alu_out_io_out : pc_io_out; // @[Processor.scala 79:26]
  assign memory_io_wd = reg_b_io_out; // @[Processor.scala 80:18]
  assign instr_clock = clock;
  assign instr_reset = reset;
  assign instr_io_in = memory_io_rd; // @[Processor.scala 84:17]
  assign instr_io_enable = control_unit_io_IRWrite; // @[Processor.scala 83:21]
  assign data_clock = clock;
  assign data_reset = reset;
  assign data_io_in = memory_io_rd; // @[Processor.scala 87:16]
  assign register_file_clock = clock;
  assign register_file_io_src1 = _Instr[25:21]; // @[Processor.scala 94:36]
  assign register_file_io_src2 = _Instr[20:16]; // @[Processor.scala 95:36]
  assign register_file_io_src3 = control_unit_io_RegDst ? _Instr[15:11] : _Instr[20:16]; // @[Processor.scala 96:33]
  assign register_file_io_wd = _register_file_io_wd_T ? alu_out_io_out : _register_file_io_wd_T_4; // @[Mux.scala 101:16]
  assign register_file_io_write_data = control_unit_io_RegWrite; // @[Processor.scala 98:33]
  assign sign_extension_io_immidiate = _Instr[15:0]; // @[Processor.scala 102:42]
  assign reg_a_clock = clock;
  assign reg_a_reset = reset;
  assign reg_a_io_in = register_file_io_rd1; // @[Processor.scala 105:17]
  assign reg_b_clock = clock;
  assign reg_b_reset = reset;
  assign reg_b_io_in = register_file_io_rd2; // @[Processor.scala 108:17]
  assign shifter_io_sign_Imm = sign_extension_io_sign_Imm; // @[Processor.scala 113:25]
  assign alu_io_SrcA = control_unit_io_ALUSrcA ? reg_a_io_out : pc_io_out; // @[Processor.scala 125:23]
  assign alu_io_SrcB = _alu_io_SrcB_T ? reg_b_io_out : _alu_io_SrcB_T_6; // @[Mux.scala 101:16]
  assign alu_io_ALUControl = control_unit_io_alu_Control; // @[Processor.scala 127:23]
  assign alu_out_clock = clock;
  assign alu_out_reset = reset;
  assign alu_out_io_in = alu_io_ALUResult; // @[Processor.scala 140:19]
  assign shifter_sign_imm_io_sign_Imm = _Instr[25:0]; // @[Processor.scala 145:43]
  always @(posedge clock) begin
    if (reset) begin // @[Processor.scala 40:26]
      _Instr <= 32'h0; // @[Processor.scala 40:26]
    end else begin
      _Instr <= instr_io_out; // @[Processor.scala 73:12]
    end
  end
// Register and memory initialization
`ifdef RANDOMIZE_GARBAGE_ASSIGN
`define RANDOMIZE
`endif
`ifdef RANDOMIZE_INVALID_ASSIGN
`define RANDOMIZE
`endif
`ifdef RANDOMIZE_REG_INIT
`define RANDOMIZE
`endif
`ifdef RANDOMIZE_MEM_INIT
`define RANDOMIZE
`endif
`ifndef RANDOM
`define RANDOM $random
`endif
`ifdef RANDOMIZE_MEM_INIT
  integer initvar;
`endif
`ifndef SYNTHESIS
`ifdef FIRRTL_BEFORE_INITIAL
`FIRRTL_BEFORE_INITIAL
`endif
initial begin
  `ifdef RANDOMIZE
    `ifdef INIT_RANDOM
      `INIT_RANDOM
    `endif
    `ifndef VERILATOR
      `ifdef RANDOMIZE_DELAY
        #`RANDOMIZE_DELAY begin end
      `else
        #0.002 begin end
      `endif
    `endif
`ifdef RANDOMIZE_REG_INIT
  _RAND_0 = {1{`RANDOM}};
  _Instr = _RAND_0[31:0];
`endif // RANDOMIZE_REG_INIT
  `endif // RANDOMIZE
end // initial
`ifdef FIRRTL_AFTER_INITIAL
`FIRRTL_AFTER_INITIAL
`endif
`endif // SYNTHESIS
endmodule